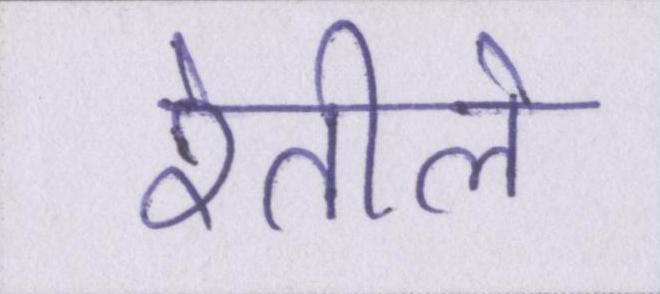
रेतीले